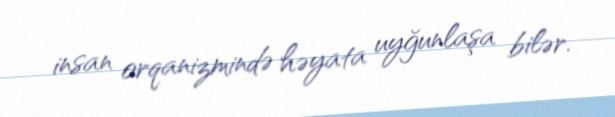
insan orqanizmində həyata uyğunlaşa bilər.